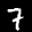
Label: 7